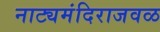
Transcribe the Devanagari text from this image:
नाट्यमंदिराजवळ